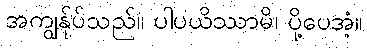
အကျွန်ုပ်သည်။ ပါပယိဿာမိ၊ ပို့ပေအံ့။